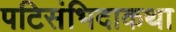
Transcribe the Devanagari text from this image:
पटिसंभिदाकथा